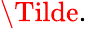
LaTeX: \Tilde{.}